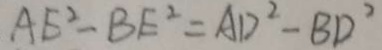
A E ^ { 2 } - B E ^ { 2 } = A D ^ { 2 } - B D ^ { 2 }